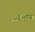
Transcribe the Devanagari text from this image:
रसमान